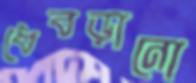
ধেবড়ানো